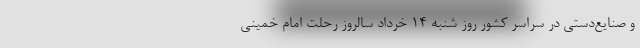
و صنایع‌دستی در سراسر کشور روز شنبه ١۴ خرداد سالروز رحلت امام خمینی